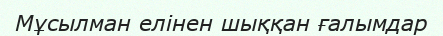
Мұсылман елінен шыққан ғалымдар